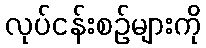
လုပ်ငန်းစဉ်များကို